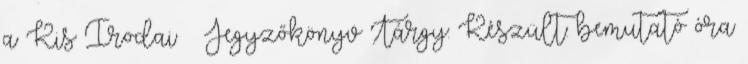
a Kis Irodai Jegyzőkönyv Tárgy: Készült: bemutató óra